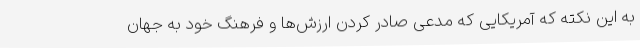
به این نکته که آمریکایی که مدعی صادر کردن ارزش‌ها و فرهنگ خود به جهان